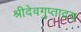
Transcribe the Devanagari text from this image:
श्रीदेवगुप्तादय